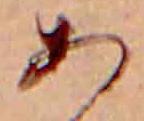
あ